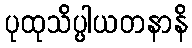
ပုထုသိပ္ပါယတနာနိ